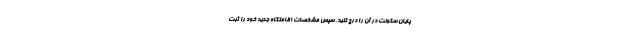
پایان سکونت در آن را درج کنید. سپس مشخصات اقامتگاه جدید خود را ثبت